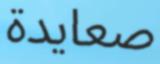
صعايدة